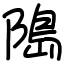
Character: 﨩